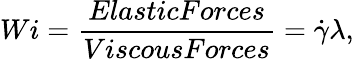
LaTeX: Wi=\frac{ElasticForces}{ViscousForces}=\dot{\gamma}\lambda,